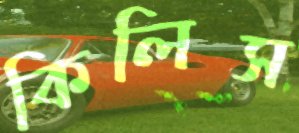
কিলিস